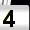
Digit: 4